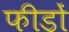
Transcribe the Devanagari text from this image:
फीडों